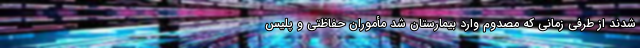
شدند از طرفی زمانی که مصدوم وارد بیمارستان شد مأموران حفاظتی و پلیس